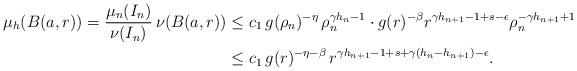
LaTeX: \begin{align*} \mu_h(B(a,r)) = \frac{\mu_n(I_n)}{\nu(I_n)}\,\nu(B(a,r)) &\leq c_1\,g(\rho_n)^{-\eta}\,\rho_{n}^{\gamma h_{n}-1} \cdot g(r)^{-\beta} r^{\gamma h_{n+1}-1+s-\epsilon} \rho_n^{-\gamma h_{n+1}+1} \\ &\leq c_1\,g(r)^{-\eta-\beta}\,r^{\gamma h_{n+1}-1+s + \gamma(h_n-h_{n+1})-\epsilon}. \end{align*}